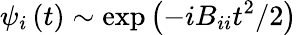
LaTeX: \psi_{i}\left(t\right)\sim\exp{\left(-iB_{ii}t^{2}/2\right)}